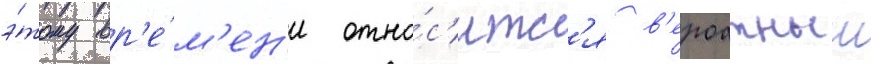
э́тому вр'е́м'ен'и отно́с'итс'я в'ероатныи